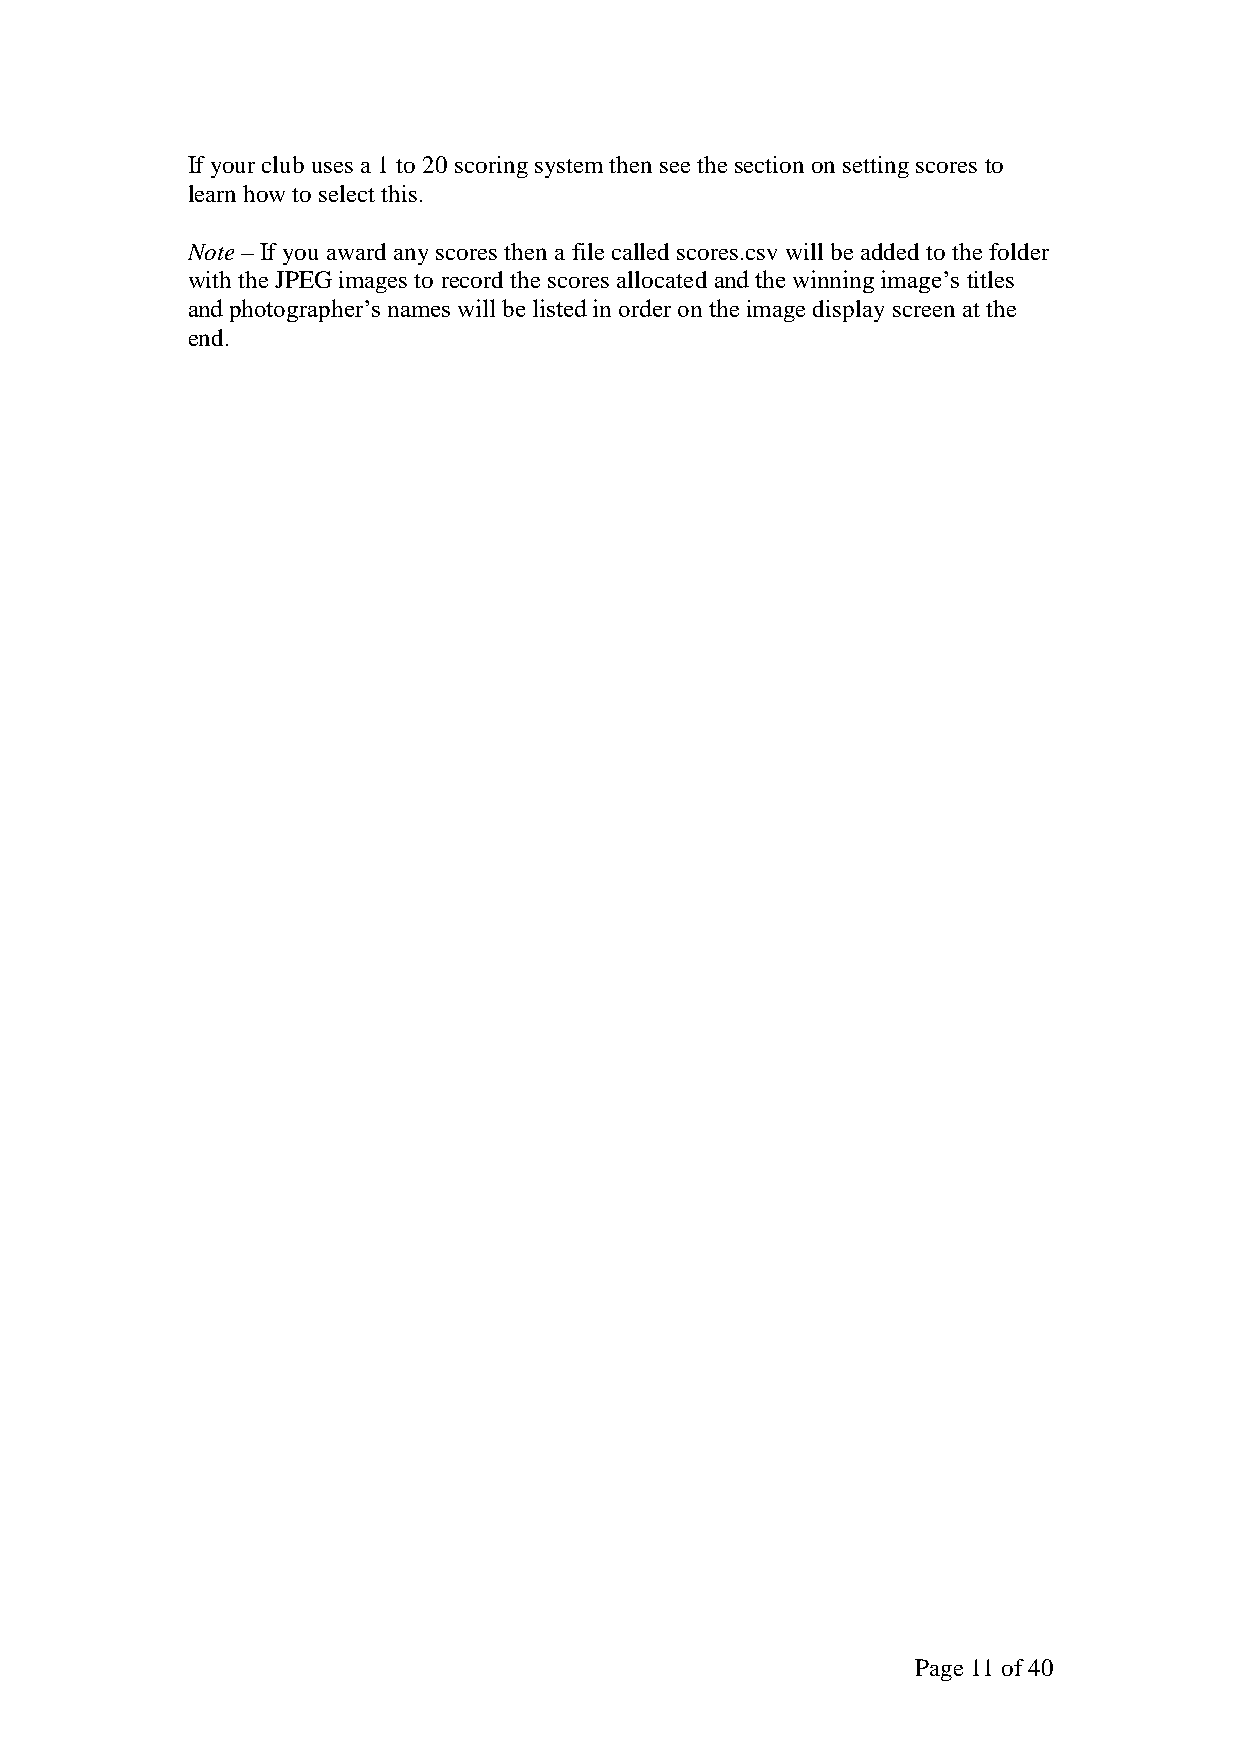
If your club uses a 1 to 20 scoring system then see the section on setting scores to
 learn how to select this.
 Note – If you award any scores then a file called scores.csv will be added to the folder
 with the JPEG images to record the scores allocated and the winning image’s titles
 and photographer’s names will be listed in order on the image display screen at the
 end.
 Page 11 of 40